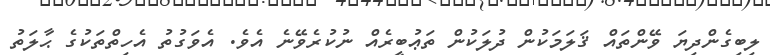
ލިބިގެންދިޔަ ވޭންތައް ޤަލަމަކުން ދުލަކުން ތަޢުބީރެއް ނުކުރެވޭނެ އެވެ. އެވަގުތު އެހިތްތަކުގެ ޙާލަތު